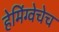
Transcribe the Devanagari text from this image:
हेमिंग्वेचेच